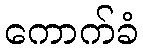
ကောက်ခံ